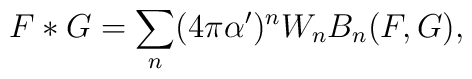
F*G = \sum_n (4 \pi \alpha ')^n W_n B_n(F,G),